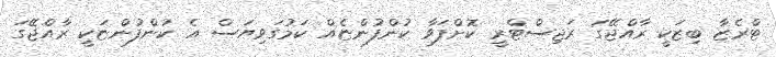
ޓްރެޒާ ބިޒަކީ ރާއްޖޭގަ ރަޖިސްޓްރީ ކޮށްފަވާ ކުންފުންޏެއް ކަމުގަވިޔަސް އެ ކުންފުންޏަކީ ރާއްޖޭގަ